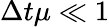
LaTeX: \Delta t\mu\ll 1